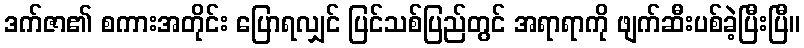
ဒက်ဇာ၏ စကားအတိုင်း ပြောရလျှင် ပြင်သစ်ပြည်တွင် အရာရာကို ဖျက်ဆီးပစ်ခဲ့ပြီးပြီ။